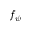
f _ { \psi }